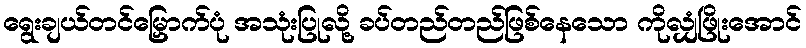
ရွေးချယ်တင်မြှောက်ပုံ အသုံးပြုလို့ ခပ်တည်တည်ဖြစ်နေသော ကိုလျှံဖြိုးအောင်